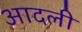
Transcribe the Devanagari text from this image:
आदली